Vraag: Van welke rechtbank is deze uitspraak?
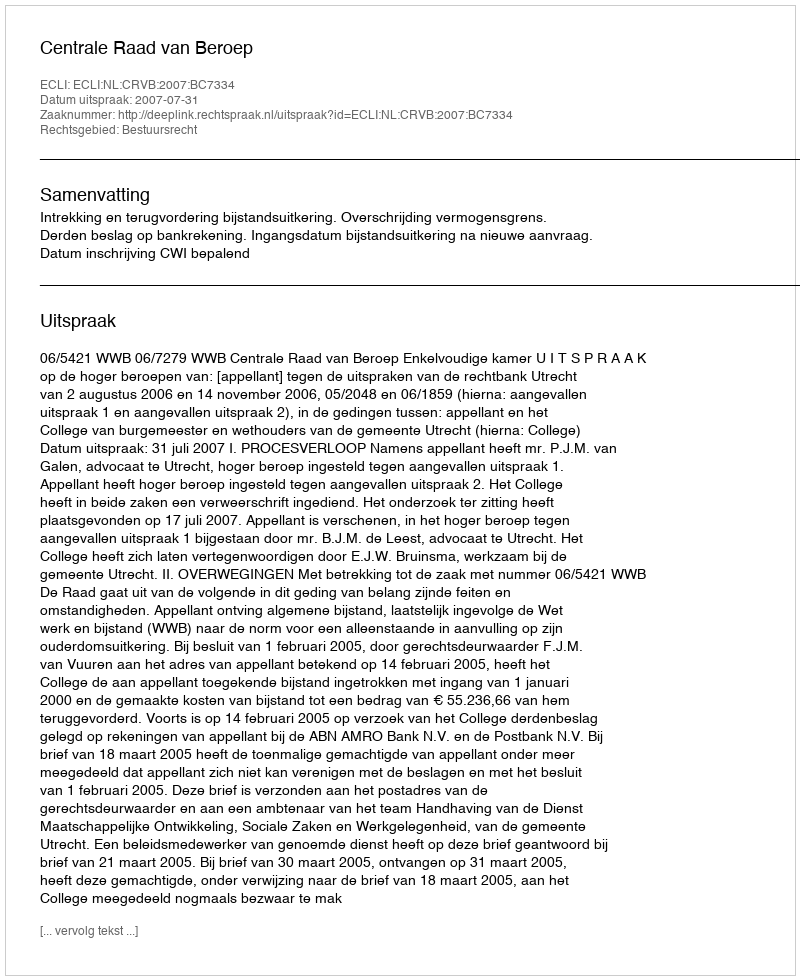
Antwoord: Centrale Raad van Beroep